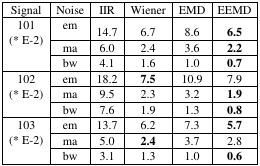
<table><thead><tr><td><b>Signal</b></td><td><b>Noise</b></td><td><b>IIR</b></td><td><b>Wiener</b></td><td><b>EMD</b></td><td><b>EEMD</b></td></tr></thead><tbody><tr><td rowspan="3">101 (* E-2)</td><td>em</td><td>14.7</td><td>6.7</td><td>8.6</td><td><b>6.5</b></td></tr><tr><td>ma</td><td>6.0</td><td>2.4</td><td>3.6</td><td><b>2.2</b></td></tr><tr><td>bw</td><td>4.1</td><td>1.6</td><td>1.0</td><td><b>0.7</b></td></tr><tr><td rowspan="3">102 (* E-2)</td><td>em</td><td>18.2</td><td><b>7.5</b></td><td>10.9</td><td>7.9</td></tr><tr><td>ma</td><td>9.5</td><td>2.3</td><td>3.2</td><td><b>1.9</b></td></tr><tr><td>bw</td><td>7.6</td><td>1.9</td><td>1.3</td><td><b>0.8</b></td></tr><tr><td rowspan="3">103 (* E-2)</td><td>em</td><td>13.7</td><td>6.2</td><td>7.3</td><td><b>5.7</b></td></tr><tr><td>ma</td><td>5.0</td><td><b>2.4</b></td><td>3.7</td><td>2.8</td></tr><tr><td>bw</td><td>3.1</td><td>1.3</td><td>1.0</td><td><b>0.6</b></td></tr></tbody></table>